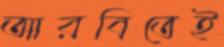
আরবিতেই